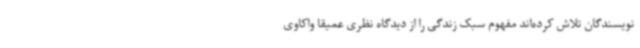
نویسندگان تلاش کرده‌اند مفهوم سبک زندگی را از دیدگاه نظری عمیقا واکاوی